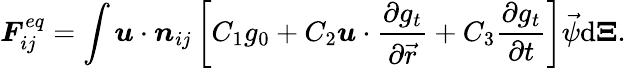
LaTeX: \boldsymbol{F}_{ij}^{eq}=\int\boldsymbol{u}\cdot\boldsymbol{n}_{ij}\left[C_{1}g_{0}+C_{2}\boldsymbol{u}\cdot\frac{\partial g_{t}}{\partial\vec{r}}+C_{3}\frac{\partial g_{t}}{\partial t}\right]{\vec{\psi}}\mathrm{d}\boldsymbol{\Xi}.